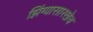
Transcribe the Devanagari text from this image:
झिंग्यासारखेच